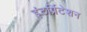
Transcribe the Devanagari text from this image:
इंटर्प्रिटेशन